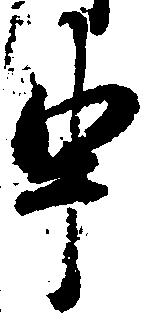
申